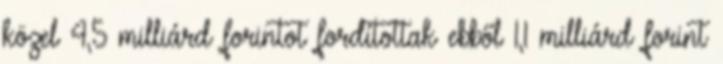
közel 4,5 milliárd forintot fordítottak ebből 1,1 milliárd forint